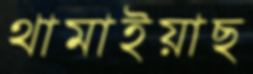
থামাইয়াছ